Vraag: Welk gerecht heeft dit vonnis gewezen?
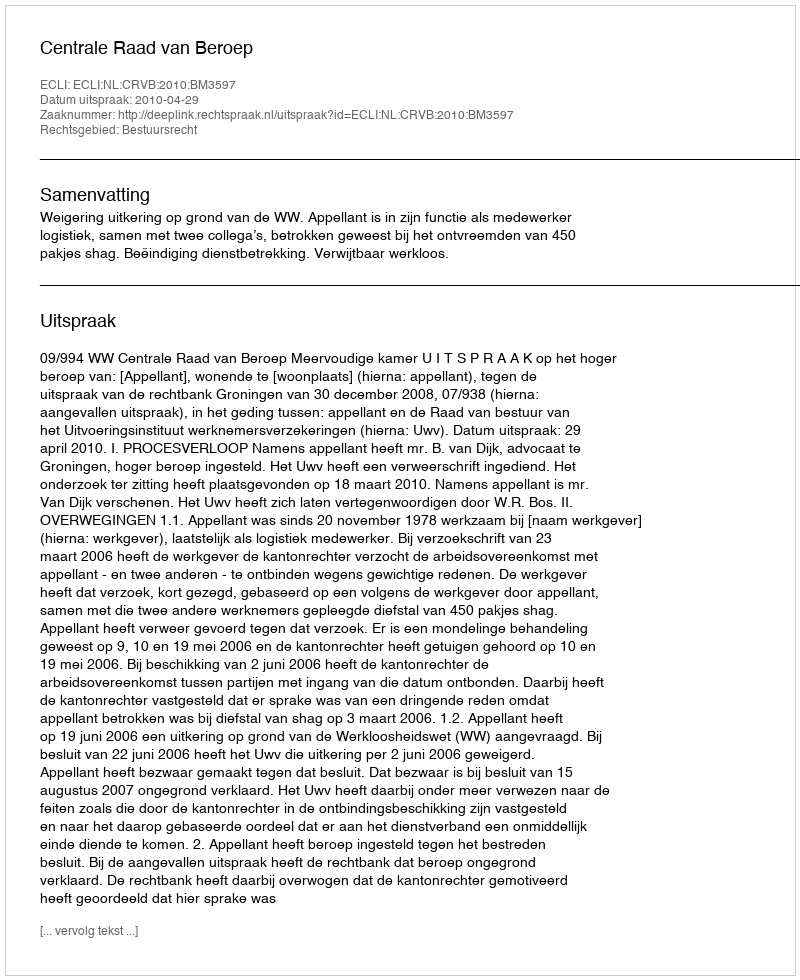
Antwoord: Centrale Raad van Beroep